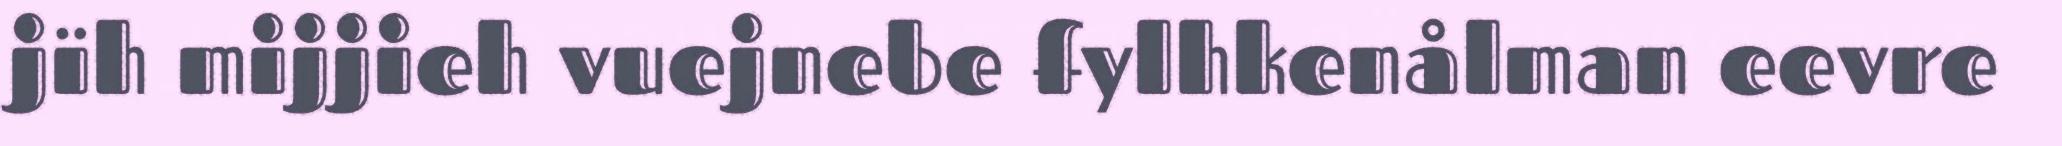
jïh mijjieh vuejnebe fylhkenålman eevre